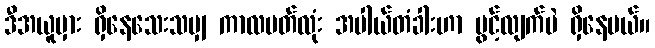
ဒီအယူမှား ရှိနေသေးသမျှ ကာလပတ်လုံး အပါယ်တံခါးဟာ ပွင့်လျက်ပဲ ရှိနေမယ်။